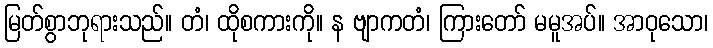
မြတ်စွာဘုရားသည်။ တံ၊ ထိုစကားကို။ န ဗျာကတံ၊ ကြားတော် မမူအပ်။ အာဝုသော၊